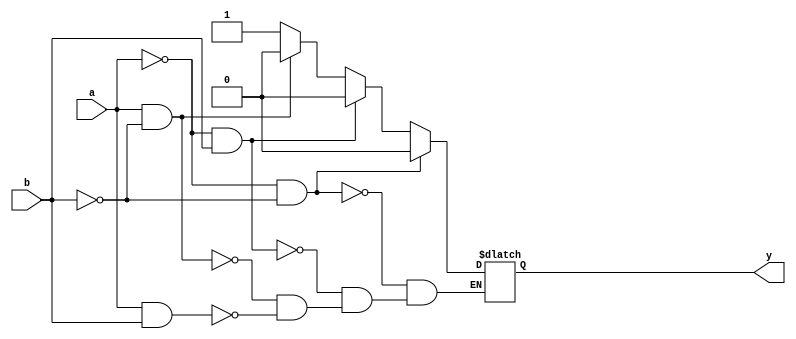
module and_gate(a,b,y);

input a,b;
output y;
reg out;
//assign y = a&b;

always@(a or b)
    if(a==0 && b==0) out<=1'b0;
    else if(a==0 && b==1) out<=1'b0;
    else if(a==1 && b==0) out<=1'b0;
    else if(a==1 && b==1) out<=1'b1; 

assign y=out;

endmodule